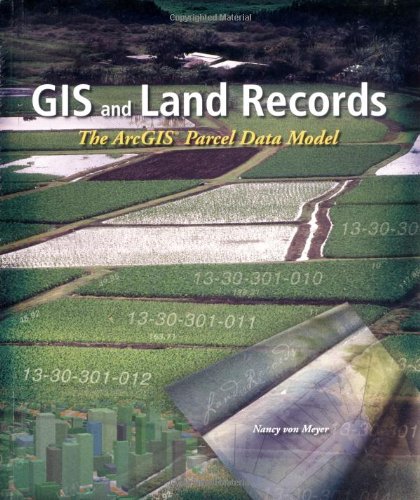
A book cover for GIS and Land Records: The Parcel Data Model; Nancy Von Meyer; Law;